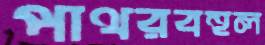
পাথরবহুল